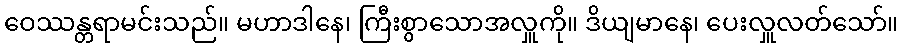
ဝေဿန္တရာမင်းသည်။ မဟာဒါနေ၊ ကြီးစွာသောအလှူကို။ ဒိယျမာနေ၊ ပေးလှူလတ်သော်။